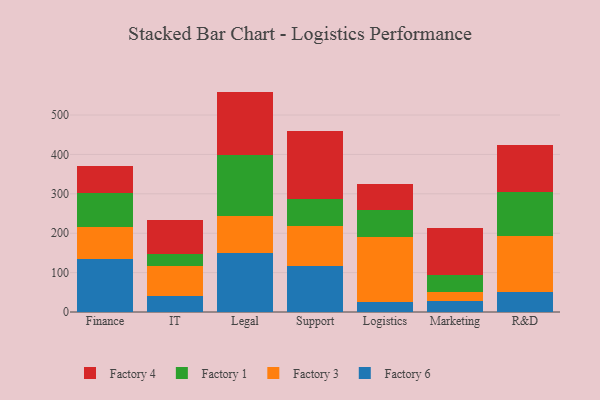
{"axis": {"x": "Department", "y": "Shipments"}, "legend": ["Factory 1", "Factory 3", "Factory 4", "Factory 6"], "data": [{"x": "Finance", "y": 135.1, "type": "Factory 6"}, {"x": "Finance", "y": 79.8, "type": "Factory 3"}, {"x": "Finance", "y": 87.3, "type": "Factory 1"}, {"x": "Finance", "y": 67.8, "type": "Factory 4"}, {"x": "IT", "y": 39.6, "type": "Factory 6"}, {"x": "IT", "y": 77.4, "type": "Factory 3"}, {"x": "IT", "y": 29.6, "type": "Factory 1"}, {"x": "IT", "y": 87.8, "type": "Factory 4"}, {"x": "Legal", "y": 150.1, "type": "Factory 6"}, {"x": "Legal", "y": 93.7, "type": "Factory 3"}, {"x": "Legal", "y": 155.5, "type": "Factory 1"}, {"x": "Legal", "y": 160.2, "type": "Factory 4"}, {"x": "Support", "y": 115.6, "type": "Factory 6"}, {"x": "Support", "y": 102.2, "type": "Factory 3"}, {"x": "Support", "y": 68.5, "type": "Factory 1"}, {"x": "Support", "y": 173.2, "type": "Factory 4"}, {"x": "Logistics", "y": 26.5, "type": "Factory 6"}, {"x": "Logistics", "y": 165.0, "type": "Factory 3"}, {"x": "Logistics", "y": 67.5, "type": "Factory 1"}, {"x": "Logistics", "y": 64.8, "type": "Factory 4"}, {"x": "Marketing", "y": 27.1, "type": "Factory 6"}, {"x": "Marketing", "y": 23.0, "type": "Factory 3"}, {"x": "Marketing", "y": 44.9, "type": "Factory 1"}, {"x": "Marketing", "y": 117.2, "type": "Factory 4"}, {"x": "R&D", "y": 50.1, "type": "Factory 6"}, {"x": "R&D", "y": 143.5, "type": "Factory 3"}, {"x": "R&D", "y": 109.8, "type": "Factory 1"}, {"x": "R&D", "y": 121.4, "type": "Factory 4"}]}